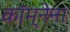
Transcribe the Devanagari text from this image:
कॉम्नेना